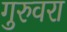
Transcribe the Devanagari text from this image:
गुरुवरा